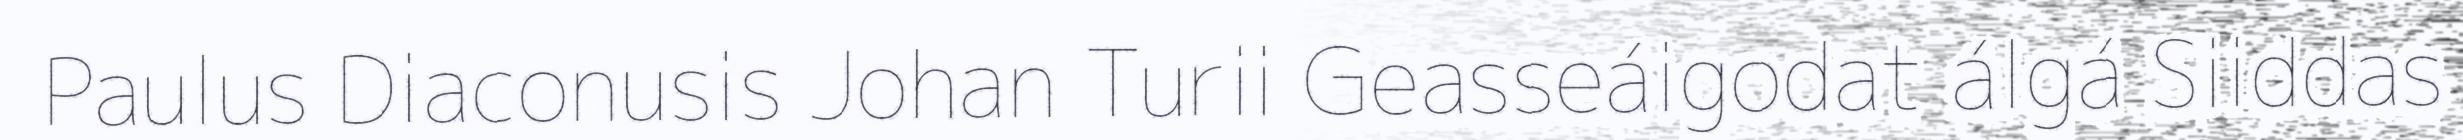
Paulus Diaconusis Johan Turii Geasseáigodat álgá Siiddas